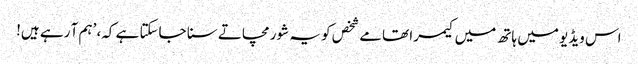
اس ویڈیو میں ہاتھ میں کیمرا تھامے شخص کو یہ شور مچاتے سنا جاسکتا ہے کہ، ’ہم آ رہے ہیں!